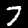
Digit: 7